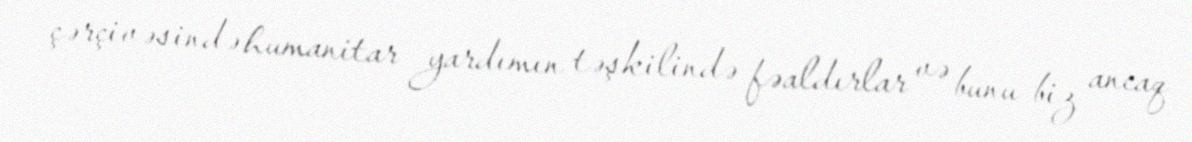
çərçivəsində humanitar yardımın təşkilində fəaldırlar və bunu biz ancaq